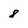
Character: 8